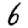
Digit: 6